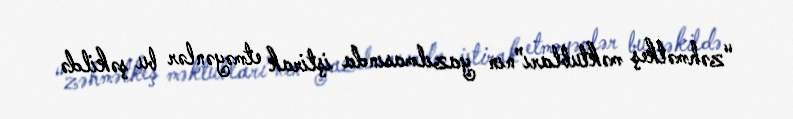
“zəhmətkeş məktubları”nın yazılmasında iştirak etməyənlər bu şəkildə